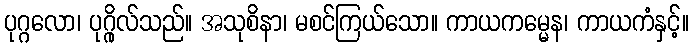
ပုဂ္ဂလော၊ ပုဂ္ဂိုလ်သည်။ အသုစိနာ၊ မစင်ကြယ်သော။ ကာယကမ္မေန၊ ကာယကံနှင့်။